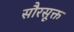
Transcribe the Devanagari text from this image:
सौरसूक्त